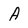
Character: A